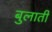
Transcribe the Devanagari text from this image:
बुलातीं